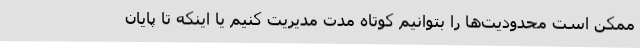
ممکن است محدودیت‌ها را بتوانیم کوتاه مدت مدیریت کنیم یا اینکه تا پایان